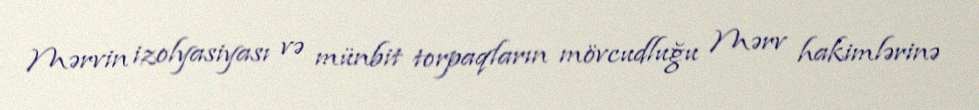
Mərvin izolyasiyası və münbit torpaqların mövcudluğu Mərv hakimlərinə